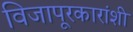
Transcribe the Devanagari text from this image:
विजापूरकारांशी